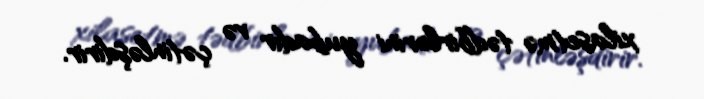
xilasetmə tədbirlərini yubadır və çətinləşdirir.